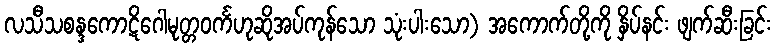
လသီသစန္ဒကောဋိဂေါမုတ္တဝင်္ကဟုဆိုအပ်ကုန်သော သုံးပါးသော) အကောက်တို့ကို နှိပ်နင်း ဖျက်ဆီးခြင်း